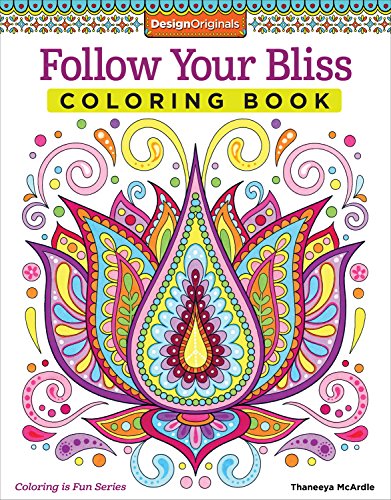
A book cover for Follow Your Bliss Coloring Book (Coloring Activity Book); Thaneeya McArdle; Humor & Entertainment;